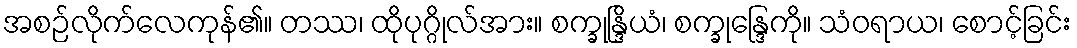
အစဉ်လိုက်လေကုန်၏။ တဿ၊ ထိုပုဂ္ဂိုလ်အား။ စက္ခုန္ဒြိယံ၊ စက္ခုန္ဒြေကို။ သံဝရာယ၊ စောင့်ခြင်း